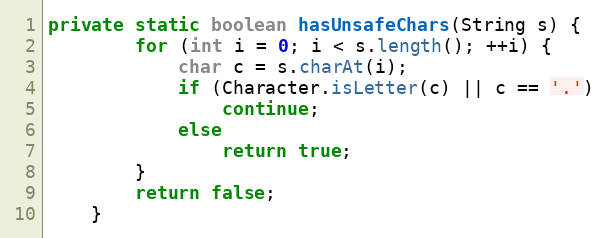
Language: Java
private static boolean hasUnsafeChars(String s) {
        for (int i = 0; i < s.length(); ++i) {
            char c = s.charAt(i);
            if (Character.isLetter(c) || c == '.')
                continue;
            else
                return true;
        }
        return false;
    }